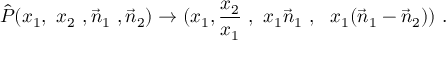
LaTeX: \hat { P } ( x _ { 1 } , \ x _ { 2 } \ , \vec { n } _ { 1 } \ , \vec { n } _ { 2 } ) \rightarrow ( x _ { 1 } , \- \frac { x _ { 2 } } { x _ { 1 } } \ , \ x _ { 1 } \vec { n } _ { 1 } \ , \ \ x _ { 1 } ( \vec { n } _ { 1 } - \vec { n } _ { 2 } ) ) \ .